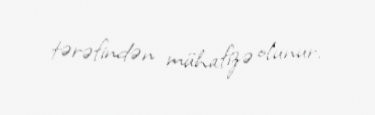
tərəfindən mühafizə olunur.